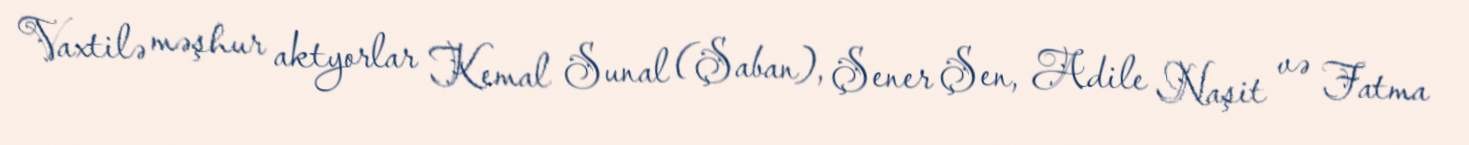
Vaxtilə məşhur aktyorlar Kemal Sunal (Şaban), Şener Şen, Adile Naşit və Fatma